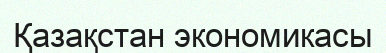
Қазақстан экономикасы